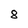
Character: 8